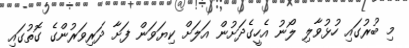
މި ބުރުގައި ހުޅުވާލި ލޯނު އެހީގެދަށުން އަލަށް ކިޔަވަން ފަށާ ދަރިވަރުންގެ ގޮތުގައި